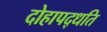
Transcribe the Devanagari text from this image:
दोहापद्धति